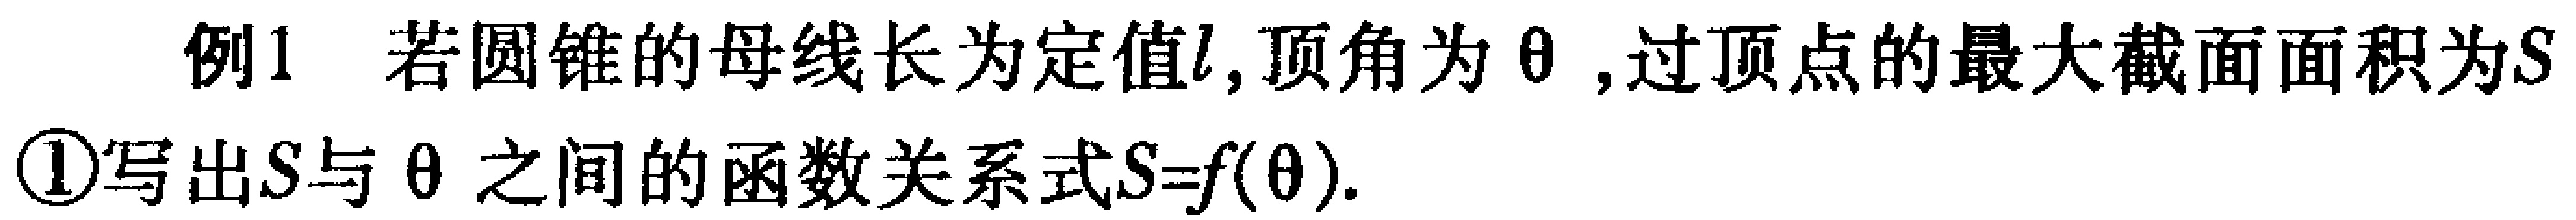
例1 若圆锥的母线长为定值\(l\)，顶角为\(\theta\)，过顶点的最大截面面积为\(S\)
\textcircled{1}写出\(S\)与\(\theta\)之间的函数关系式\(S = f(\theta)\).